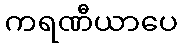
ကရဏီယာပေ